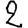
Digit: 2